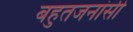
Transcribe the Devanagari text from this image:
बहुतजनांसी